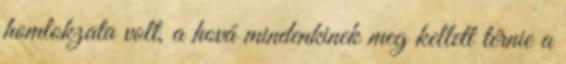
homlokzata volt, a hová mindenkinek meg kellett térnie a